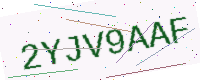
Text: 2YJV9AAF